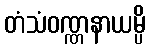
တံသံဝဏ္ဏနာယမ္ပိ